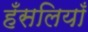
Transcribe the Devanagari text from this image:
हँसलियाँ